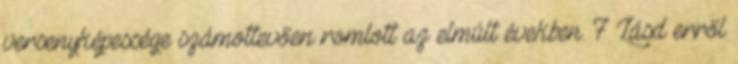
versenyképessége számottevően romlott az elmúlt években. 7 Lásd erről